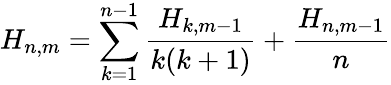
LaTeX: H_{n,m}=\sum_{k=1}^{n-1}{\frac{H_{k,m-1}}{k(k+1)}}+{\frac{H_{n,m-1}}{n}}